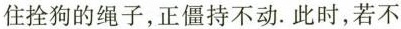
住拴狗的绳子，正僵持不动。此时，若不